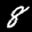
Label: 8